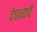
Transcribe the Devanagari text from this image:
देवत्वाचें